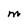
Character: m